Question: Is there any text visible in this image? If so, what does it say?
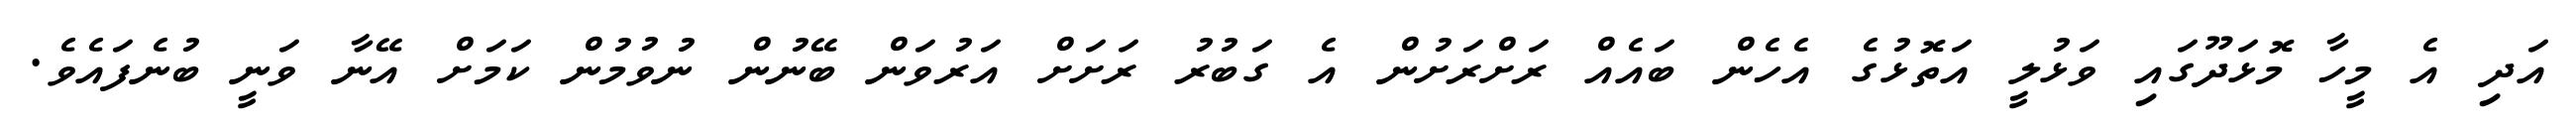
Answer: އަދި އެ މީހާ މޮޅަދޫގައި ވަޅުލީ އަތޮޅުގެ އެހެން ބައެއް ރަށްރަށުން އެ ގަބުރު ރަށަށް އަރުވަން ބޭނުން ނުވުމުން ކަމަށް އޭނާ ވަނީ ބުނެފައެވެ.